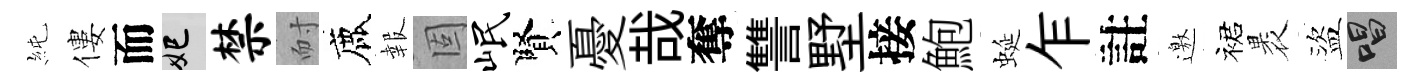
純僂而妃禁耐鹿報固岷賢憂哉奪讐墅接鮑蜒乍註邀裙褁盜唱